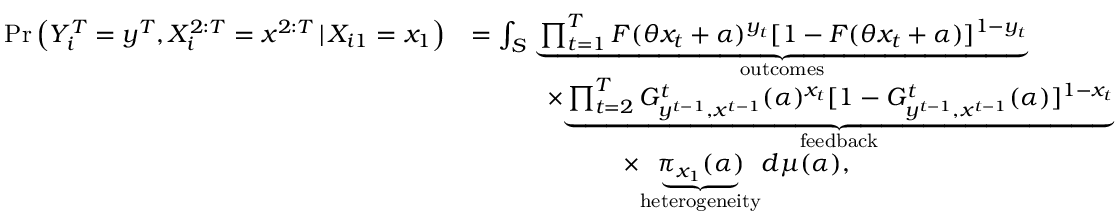
\begin{array} { r l } { \operatorname* { P r } \left( Y _ { i } ^ { T } = y ^ { T } , X _ { i } ^ { 2 : T } = x ^ { 2 : T } \, | \, X _ { i 1 } = x _ { 1 } \right) } & { = \int _ { { \cal { S } } } \, \underset { \mathrm { o u t c o m e s } } { \underbrace { \prod _ { t = 1 } ^ { T } F ( \theta x _ { t } + \alpha ) ^ { y _ { t } } [ 1 - F ( \theta x _ { t } + \alpha ) ] ^ { 1 - y _ { t } } } } } \\ & { \quad \quad \quad \times \underset { \mathrm { f e e d b a c k } } { \underbrace { \prod _ { t = 2 } ^ { T } G _ { y ^ { t - 1 } , x ^ { t - 1 } } ^ { t } ( \alpha ) ^ { x _ { t } } [ 1 - G _ { y ^ { t - 1 } , x ^ { t - 1 } } ^ { t } ( \alpha ) ] ^ { 1 - x _ { t } } } } } \\ & { \quad \quad \quad \quad \quad \quad \times \underset { \mathrm { h e t e r o g e n e i t y } } { \underbrace { \pi _ { x _ { 1 } } ( \alpha ) } } d \mu ( \alpha ) , } \end{array}